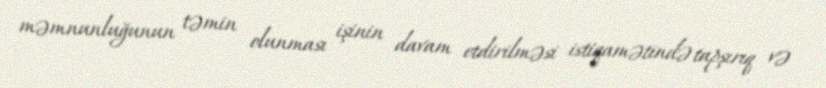
məmnunluğunun təmin olunması işinin davam etdirilməsi istiqamətində tapşırıq və